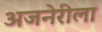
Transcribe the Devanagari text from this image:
अजनेरीला